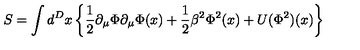
S = \int d ^ { D } x \left\{ \frac { 1 } { 2 } \partial _ { \mu } \Phi \partial _ { \mu } \Phi ( x ) + \frac { 1 } { 2 } \beta ^ { 2 } \Phi ^ { 2 } ( x ) + U ( \Phi ^ { 2 } ) ( x ) \right\}